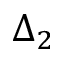
\Delta _ { 2 }